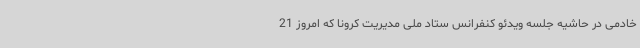
خادمی در حاشیه جلسه ویدئو کنفرانس ستاد ملی مدیریت کرونا که امروز 21